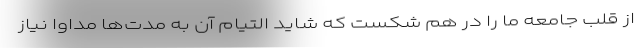
از قلب جامعه ما را در هم شکست که شاید التیام آن به مدت‌ها مداوا نیاز